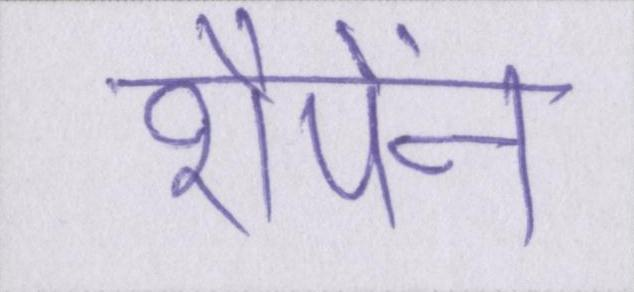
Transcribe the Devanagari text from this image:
शैंपेंन